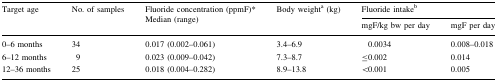
<table><thead><tr><td rowspan="2"><b>Target age</b></td><td rowspan="2"><b>No. of samples</b></td><td rowspan="2"><b>Fluoride concentration (ppmF)*Median (range)</b></td><td rowspan="2"><b>Body weight<sup>a</sup> (kg)</b></td><td colspan="2"><b>Fluoride intake<sup>b</sup></b></td></tr><tr><td><b>mgF/kg bw per day</b></td><td><b>mgF per day</b></td></tr></thead><tbody><tr><td>0–6 months</td><td>34</td><td>0.017 (0.002–0.061)</td><td>3.4–6.9</td><td>0.0034</td><td>0.008–0.018</td></tr><tr><td>6–12 months</td><td>9</td><td>0.023 (0.009–0.042)</td><td>7.3–8.7</td><td>≤0.002</td><td>0.014</td></tr><tr><td>12–36 months</td><td>25</td><td>0.018 (0.004–0.282)</td><td>8.9–13.8</td><td>&lt;0.001</td><td>0.005</td></tr></tbody></table>